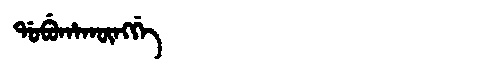
Manchu: ᡩᠣᠪᡠᡥᠠᡴᡡᠩᡤᡝ
Romanization: DOBUHAKŪNGGE